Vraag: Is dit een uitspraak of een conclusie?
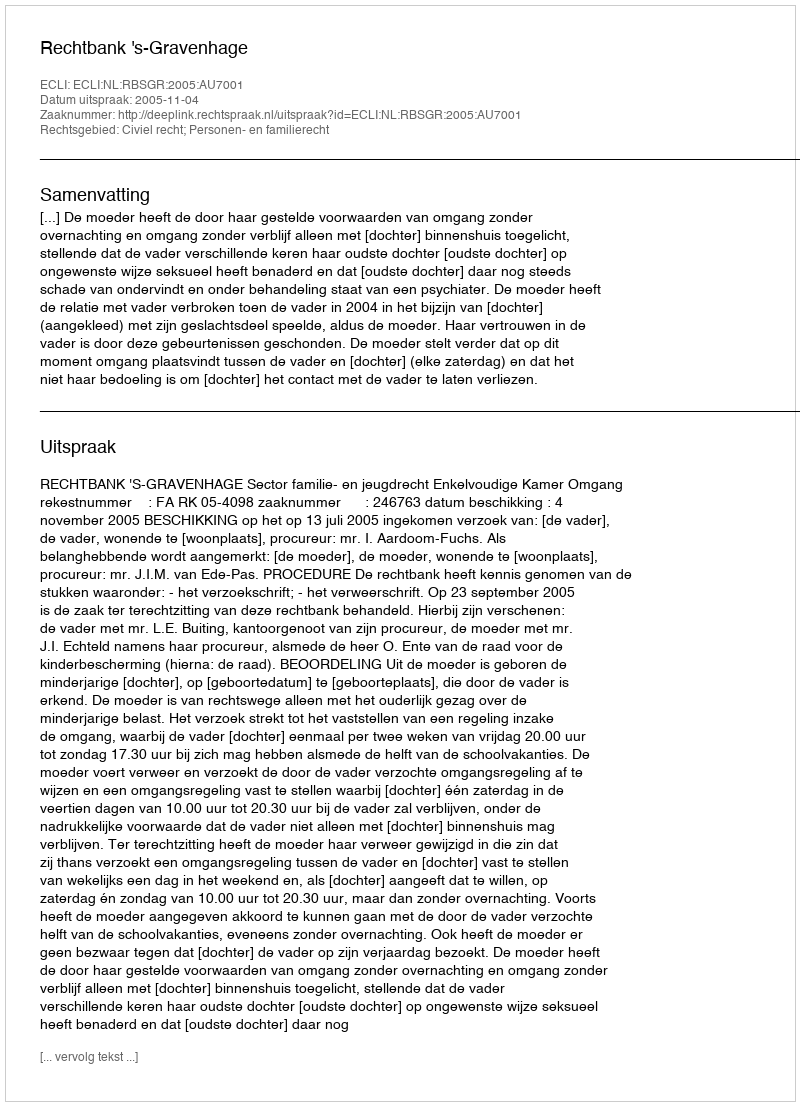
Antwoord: Uitspraak